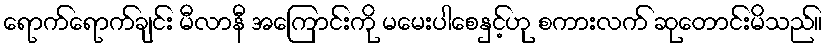
ရောက်ရောက်ချင်း မီလာနီ အကြောင်းကို မမေးပါစေနှင့်ဟု စကားလက် ဆုတောင်းမိသည်။